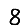
Digit: 8